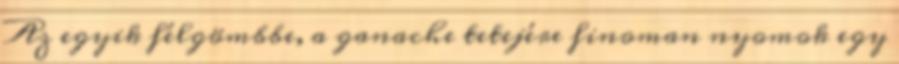
Az egyik félgömbbe, a ganache tetejére finoman nyomok egy